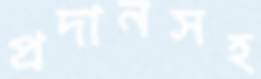
প্রদানসহ